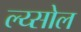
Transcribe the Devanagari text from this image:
ल्य्सोल